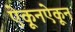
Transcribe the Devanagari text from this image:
ऐकूनऐकून